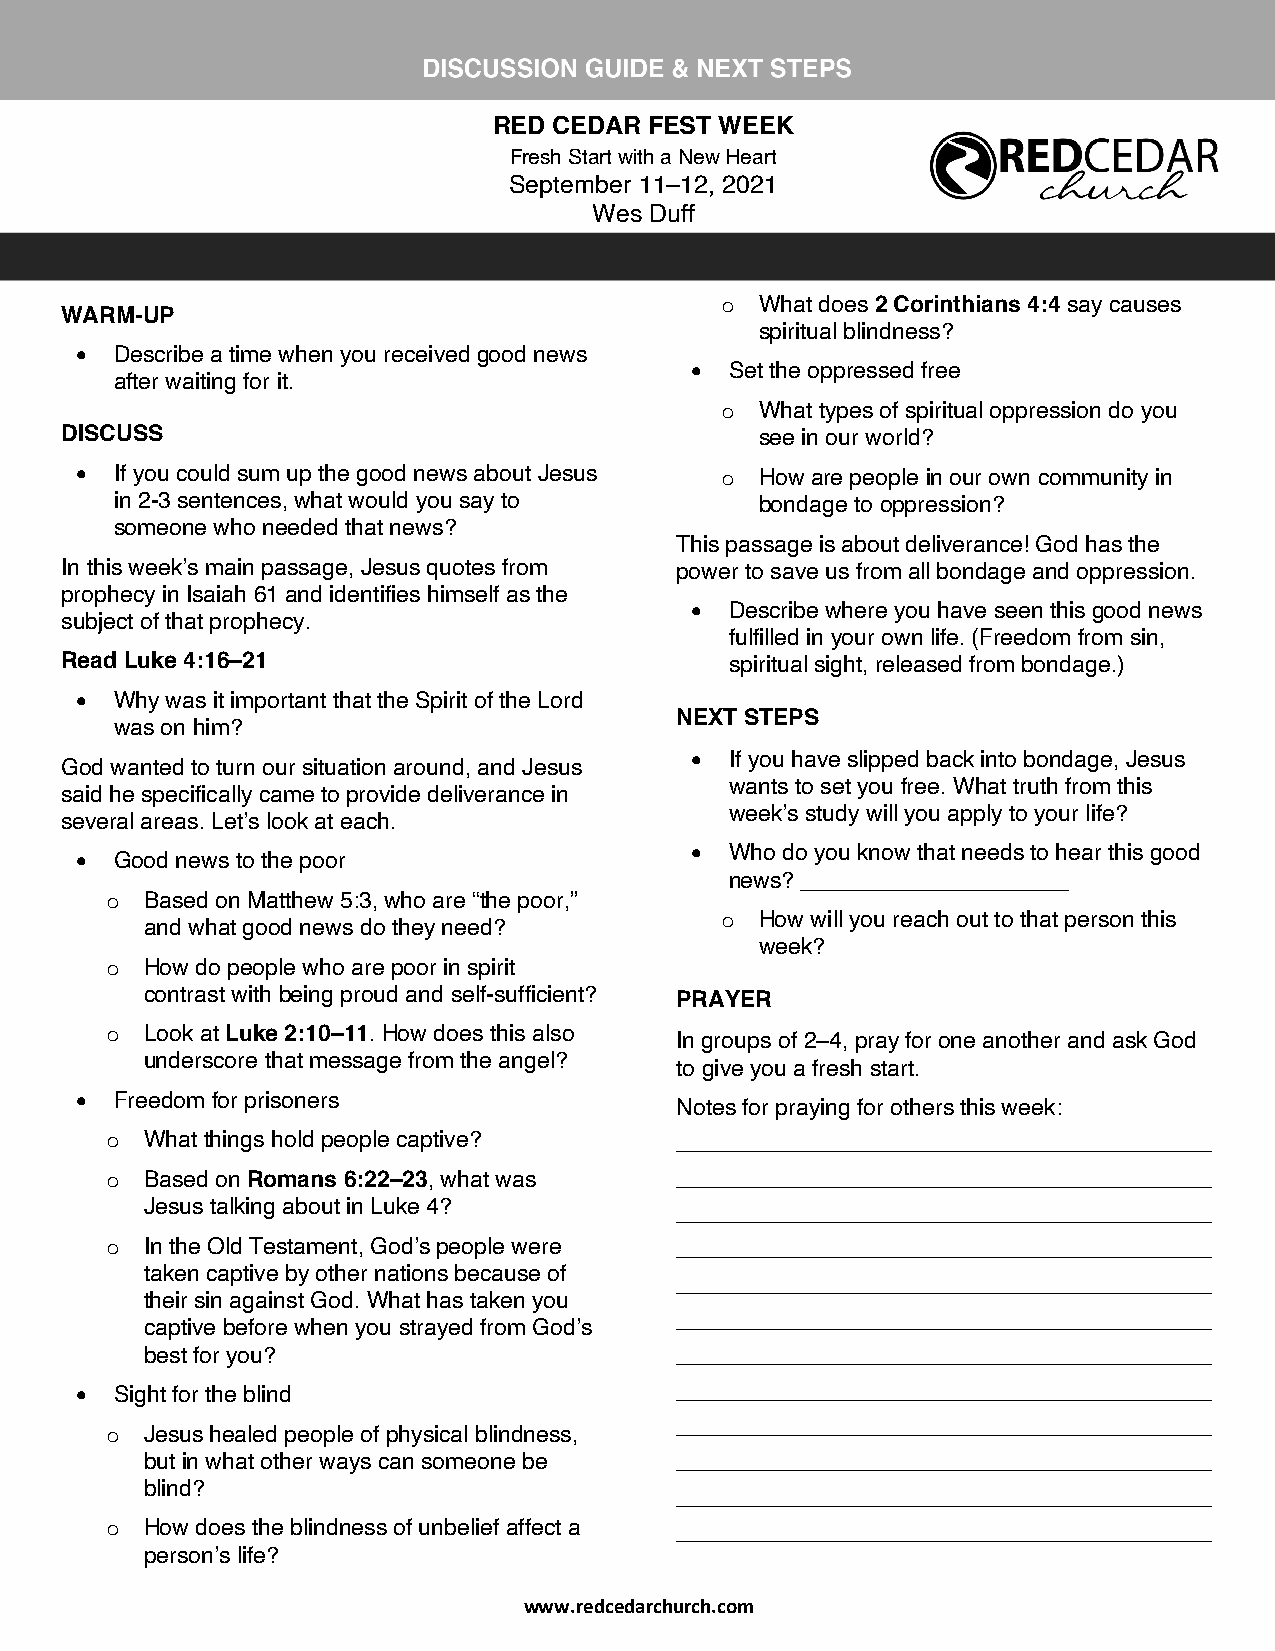
RED CEDAR FEST WEEK
 Fresh Start with a New Heart
 September 11–12, 2021
 Wes Duff
 o What does 2 Corinthians 4:4 say causes
 WARM-UP
 spiritual blindness?
 •  Describe a time when you received good news
 • Set the oppressed free
 after waiting for it.
 o What types of spiritual oppression do you
 DISCUSS                                       see in our world?
 •  If you could sum up the good news about Jesus o How are people in our own community in
 in 2-3 sentences, what would you say to   bondage to oppression?
 someone who needed that news?
 This passage is about deliverance! God has the
 In this week’s main passage, Jesus quotes from power to save us from all bondage and oppression.
 prophecy in Isaiah 61 and identifies himself as the
 • Describe where you have seen this good news
 subject of that prophecy.
 fulfilled in your own life. (Freedom from sin,
 Read Luke 4:16–21                           spiritual sight, released from bondage.)
 •  Why was it important that the Spirit of the Lord
 NEXT STEPS
 was on him?
 • If you have slipped back into bondage, Jesus
 God wanted to turn our situation around, and Jesus
 wants to set you free. What truth from this
 said he specifically came to provide deliverance in
 week’s study will you apply to your life?
 several areas. Let’s look at each.
 • Who do you know that needs to hear this good
 •  Good news to the poor
 news? _____________________
 o  Based on Matthew 5:3, who are “the poor,”
 and what good news do they need?      o How will you reach out to that person this
 week?
 o  How do people who are poor in spirit
 contrast with being proud and self-sufficient? PRAYER
 o  Look at Luke 2:10–11. How does this also In groups of 2–4, pray for one another and ask God
 underscore that message from the angel?
 to give you a fresh start.
 •  Freedom for prisoners
 Notes for praying for others this week:
 o  What things hold people captive?   __________________________________________
 o  Based on Romans 6:22–23, what was  __________________________________________
 Jesus talking about in Luke 4?     __________________________________________
 o  In the Old Testament, God’s people were __________________________________________
 taken captive by other nations because of
 __________________________________________
 their sin against God. What has taken you
 __________________________________________
 captive before when you strayed from God’s
 best for you?                      __________________________________________
 •  Sight for the blind                  __________________________________________
 __________________________________________
 o  Jesus healed people of physical blindness,
 but in what other ways can someone be __________________________________________
 blind?
 __________________________________________
 o  How does the blindness of unbelief affect a __________________________________________
 person’s life?
 www.redcedarchurch.com